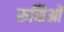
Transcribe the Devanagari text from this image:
रूसिओं